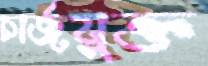
চার্জযুক্ত